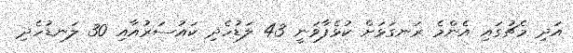
އަދި މެޗުގައި އެންމެ ރަނގަޅަށް ކުޅެފާވަނީ 43 ލަޑުހެދި ކައުސަރުއާއި 30 ލަނޑުހެދި